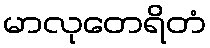
မာလုတေရိတံ